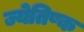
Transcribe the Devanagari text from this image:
ज्येतिष्क